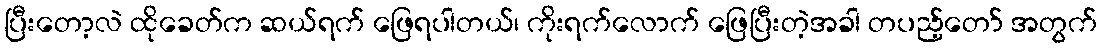
ပြီးတော့လဲ ထိုခေတ်က ဆယ်ရက် ဖြေရပါတယ်၊ ကိုးရက်လောက် ဖြေပြီးတဲ့အခါ တပည့်တော် အတွက်